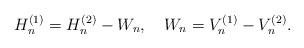
LaTeX: \begin{align*}H_n^{(1)}=H_{n}^{(2)}-W_n,\ \ \ W_n=V_{n}^{(1)}-V_{ n}^{(2)}. \end{align*}